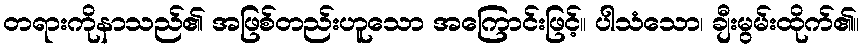
တရားကိုနာသည်၏ အဖြစ်တည်းဟူသော အကြောင်းဖြင့်။ ပါသံသော၊ ချီးမွမ်းထိုက်၏။